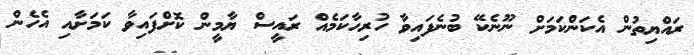
ރައްޔިތުން އެކަންކަމަށް ނޫނެކޭ ބުނެފައިވާ ހުރިހާކަމެއް ރައީސް ޔާމީން ކޮށްފައިވާ ކަމަށާއި އެހެން